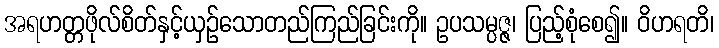
အရဟတ္တဖိုလ်စိတ်နှင့်ယှဉ်သောတည်ကြည်ခြင်းကို။ ဥပသမ္ပဇ္ဇ၊ ပြည့်စုံစေ၍။ ဝိဟရတိ၊